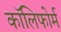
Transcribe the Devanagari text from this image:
कॉलिफोर्म